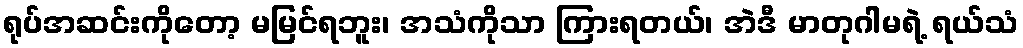
ရုပ်အဆင်းကိုတော့ မမြင်ရဘူး၊ အသံကိုသာ ကြားရတယ်၊ အဲဒီ မာတုဂါမရဲ့ ရယ်သံ